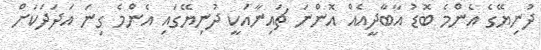
ދުނިޔޭގެ އެންމެ ބޮޑު އާބާދީއެއް އޮންނަ ޗައިނާއަކީ ދުނިޔޭގައި އެންމެ ގިނަ އަދަދަކަށް